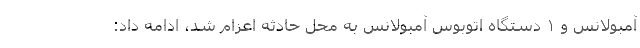
آمبولانس و ۱ دستگاه اتوبوس آمبولانس به محل حادثه اعزام شد، ادامه داد: